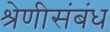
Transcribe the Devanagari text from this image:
श्रेणीसंबंध